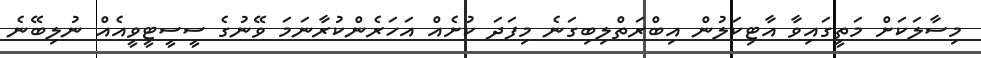
މިސާލަކަށް މަތީގައިވާ އާޓިކަލުން އިބްރަތްލިބިގަނެ މިފަދަ ކުށެއް އަހަރެންކުރާނަމަ ވޭނުގެ ސީސީޓީވީއެއް ނުލިބޭނެ